King Institute of Preventive Medicine Micro-Biological Section reports 1909-11
Year: 1909
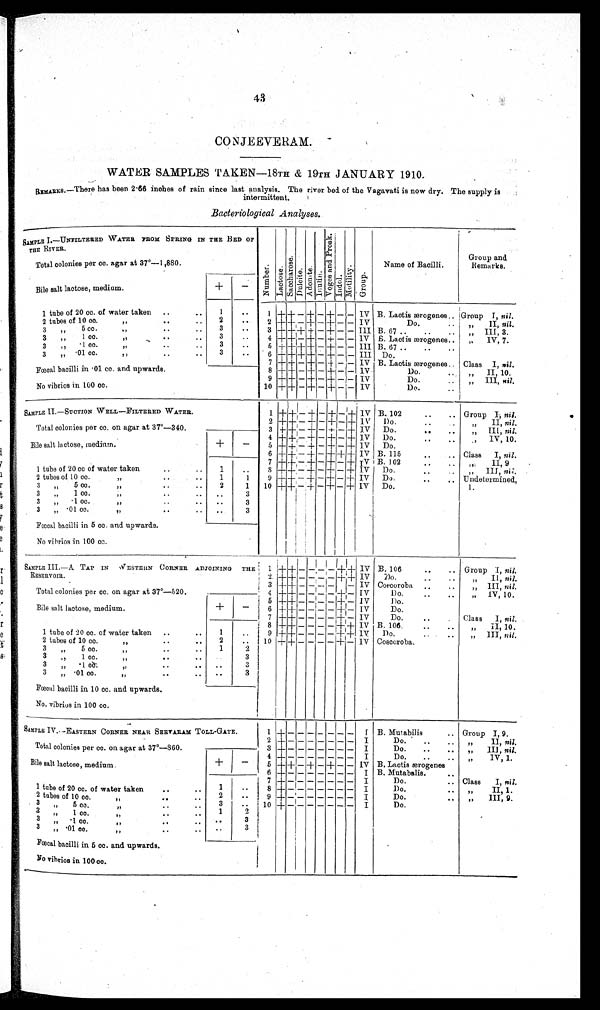
43
CONJEEVERAM.
WATER SAMPLES TAKEN—18TH & 19TH JANUARY 1910.
REMARKS.— There has been 2·66 inches of rain since last analysis. The river bed of the Vagavati is now dry. The supply is
intermittent.
Bacteriological Analyses .
SAMPLE I.—UNFILTERED WATER FROM SPRING IN THE BED OF
THE RIVER.
Number.Lactose.Sacchar os e. Dul ci t e.Adoni t e.Inulin.
Vo g e s a n d P r o s k .
Indol.Mot i l i t y.Group.
Name of Bacilli.
Group
and Remarks.
Total colonies per cc. agar at 37°—1,880.
Bile salt lactose, medium.
+
−
1 tube of 20 cc. of water taken
1 1
+ + − + − + −
−
IV B. Lactic ærogenes
Group I, nil .
2 tubes of 10 cc. „
2
2
+ +
−
+
−
+
− − IV
Do.
„ II, nil.
3 „ 5 cc. „
3
3
+ + +
+ − + − − III B. 67
„ III, 3.
3 „ 1 cc. „
3
4
+ +
− + −
+
− − IV B. Lactic ærogenes
„ IV, 7.
3 „ ·1 cc. „
3
5
+ + +
+
−
+
− − III B. 67
3 „ ·01 cc. „
3
6
+ + + +
−
+
− − III Do.
7 + + − + −
+
− − IV B. Lactic ærogenes
Class I, nil .
Fœcal bacilli in ·01 cc. and upwards.
8 + +
− +
− +
− − IV
Do.
„ II, 10.
9 + +
− +
− +
− − IV
Do.
„ III, nil.
No vibrios in 100 cc.
10
+ +
− + − + − − IV
Do.
SAMPLE II.—SUCTION WELL—FILTERED WATER.
1
+
+
− + −
+
−
+
IV B. 102
Group I, nil.
2 +
+
− + − + − + IV
D o .
„ II, nil.
Total colonies per cc. on agar at 37°—340.
3
+
+
− + − + − + IV
Do.
„ III., nil.
4 +
+
−
+ −
+
−
+
IV
Do.
„ IV, 10.
Bile salt lactose, medium.
+
−
5 + + −
+
− + − + IV
Do.
6
+
+ −
+
− +
+ +
IV B. 115
Class I, nil.
7 +
+
− + − + − + IV B. 102
„ II, 9
1 tube of 20 cc of water taken
1
8
+ +
− + −
+
− + IV
Do.
„ III, nil.
2 tubes of 10 cc. „
1
1
9
+
+ − + − + − + IV
Do.
Undetermined,
1.
3 „ 5 cc. „
2
1
10 + + −
+
−
+
−
+
IV
Do.
3 „ 1 cc. „
3
3 „ ·1 cc. „
3
3 „ ·01 cc. „
3
Fœcal bacilli in 5 cc. and upwards
.
No vibrios in 100 cc.
SAMPLE III.—A TAP IN WESTERN CORNER ADJOINING THE
RESERVOIR.
1
+ +
− −
− −
+ +
IV
B. 106
Group I, nil.
2
+ +
− − − −
+ +
IV
D o .
„ II, nil.
3
+ +
− − − −
− IV Coscoroba
„ III, nil.
Total colonies per cc. on agar at 37°—520.
4
+ +
− − − −
+
− IV
D o .
„ IV, 10
5
+ +
− − − −
+
− IV
D o .
Bile salt lactose, medium.
+ -
6
+ +
− − − −
+
− IV
Do.
7
+ +
− − − −
+
− IV
Do.
Class I, nil.
8
+ +
− − − −
+ +
IV B. 106.
„ II, 10.
1 tube of 20 cc. of water taken
1
9
+ +
− − − −
+ +
IV
Do.
„ III, nil .
2 tubes of 10 cc. „
2
10
+ +
− − − −
+
− IV Coscoroba.
3 „ 5 cc. „
1
2
3 „ 1 cc. „
3
3 „ ·1 cc. „
3
3 „ ·01 cc. „
3
Fœcal bacilli in 10 cc. and upwards.
No. vibrios in 100 cc.
SAMPLE IV.—EASTERN CORNER NEAR SEEVARAM TOLL-GATE.
1
+
− − − − − − −
I B. Mutabilis
Group I, 9.
2 + − − − − − − −
I
Do.
„ II, nil.
Total colonies per cc. on agar at 37°—860.
3 + − − − − − − −
I
Do.
„ III, nil.
4
+
− − − − − − −
I
Do.
„ IV, 1.
Bile salt lactose, medium.
+
−
5
+ +
− + − + − − IV B. Lactis ærogene
s
6 + − − − − − − −
I B. Mutabalis.
7 + − − − − − − −
I
Do.
Class I, nil.
1 tube of 20 cc. of water taken
1
8 + − − − − − − −
I
Do.
„ II, 1.
2 tubes of 10 cc. „
2
9 +− − − − − − −
I
Do.
„ III, 9.
3 „ 5 cc. „
3
10
+
− − − − − − −
I
Do.
3 „ 1 cc. „
1
2
3 „ ·1cc.
„
3
3 „ ·01 cc. „
3
Fœcal bacilli in 5 cc. and upwards.
No vibrios in 100 cc.